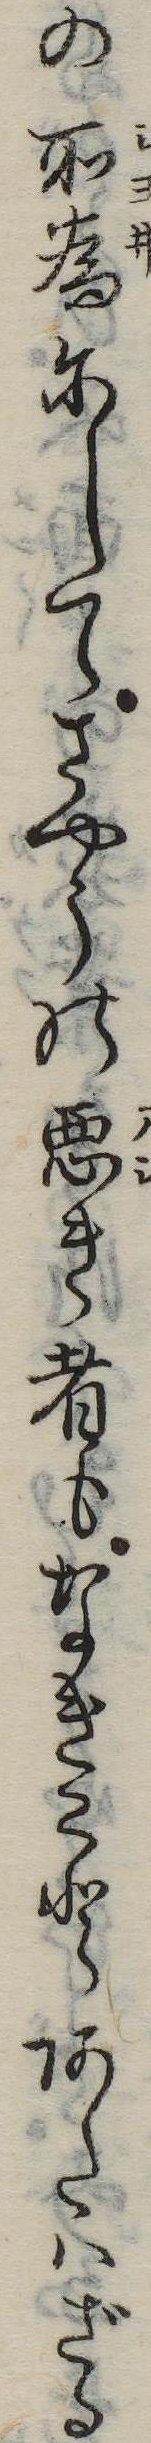
の所為にしてさやうの悪き者もなきことあたはざる